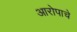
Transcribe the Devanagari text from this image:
आरोपाचे